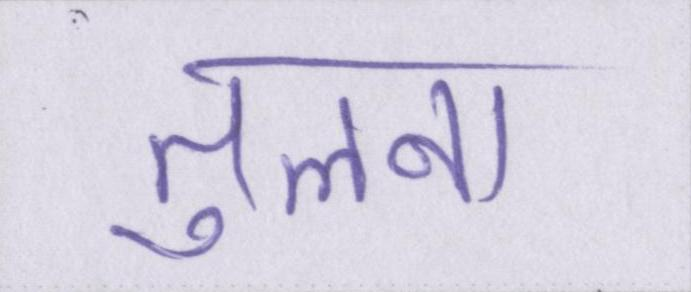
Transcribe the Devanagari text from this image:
तुलना